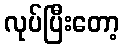
လုပ်ပြီးတော့